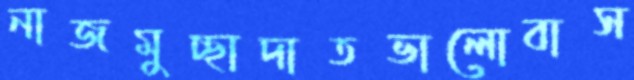
নাজমুচ্ছাদাতভালোবাস